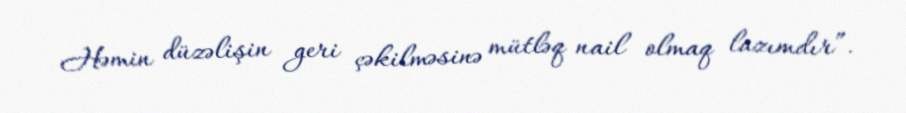
Həmin düzəlişin geri çəkilməsinə mütləq nail olmaq lazımdır”.